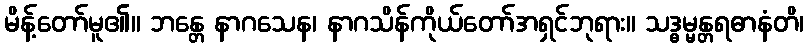
မိန့်တော်မူ၏။ ဘန္တေ နာဂသေန၊ နာဂသိန်ကိုယ်တော်အရှင်ဘုရား။ သဒ္ဓမ္မန္တရဓာနံတိ၊